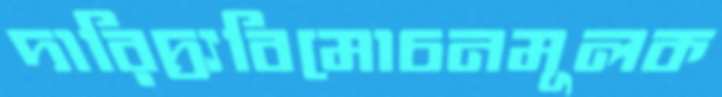
দারিদ্র্যবিমোচনমূলক